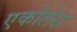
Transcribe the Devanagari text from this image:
एकोलेस